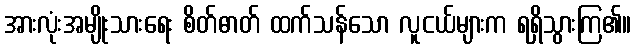
အားလုံးအမျိုးသားရေး စိတ်ဓာတ် ထက်သန်သော လူငယ်များက ရရှိသွားကြ၏။